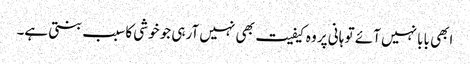
ابھی بابا نہیں آئے تو ہانی پر وہ کیفیت بھی نہیں آرہی جو خوشی کا سبب بنتی ہے۔